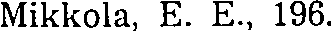
Mikkola, E. E., 196.